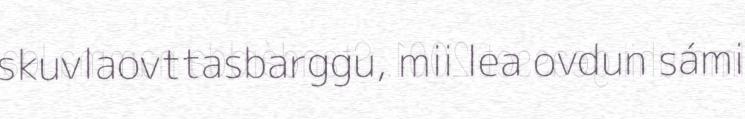
skuvlaovttasbarggu, mii lea ovdun sámi